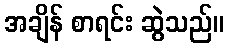
အချိန် စာရင်း ဆွဲသည်။